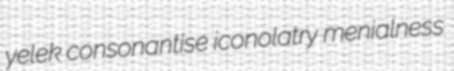
yelek consonantise iconolatry menialness